Annual report of the Central Committee of the Association together with the report of the directors of the Pasteur Institute at Kasauli
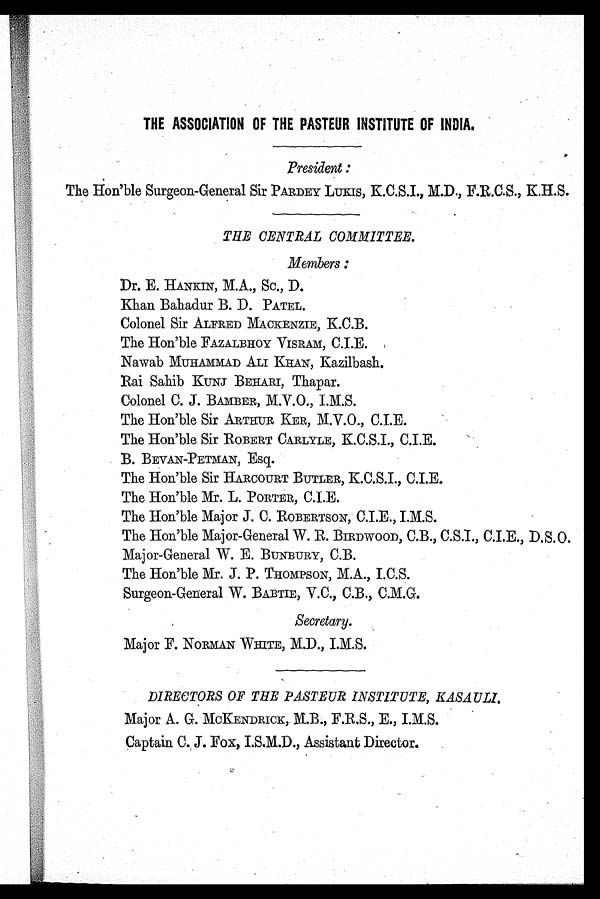
THE ASSOCIATION OF THE PASTEUR INSTITUTE OF INDIA.
President :
The Hon'ble Surgeon-General Sir PARDEY LUKIS, K.C.S.I., M.D., F.R.C.S., K.H.S
THE CENTRAL COMMITTEE.
Members :
Dr. E. HANKIN, M.A., Sc., D.
Khan Bahadur B. D. PATEL.
Colonel Sir ALFRED MACKENZIE, K.C.B.
The Hon'ble FAZALBHOY VISRAM, C.I.E.
Nawab MUHAMMAD ALI KHAN, Kazilbash.
Rai Sahib KUNJ BEHARI, Thapar.
Colonel C. J. BAMBER, M.V.O., I.M.S.
The Hon'ble Sir ARTHUR KER, M.V.O., C.I.E.
The Hon'ble Sir ROBERT CARLYLE, K.C.S.I., C.I.E.
B. BEVAN-PETMAN, Esq.
The Hon'ble Sir HARCOURT BUTLER, K.C.S.I., C.I.E.
The Hon'ble Mr. L. PORTER, C.I.E.
The Hon'ble Major J. C. ROBERTSON, C.I.E., I.M.S.
The Hon'ble Major-General W. R. BIRDWOOD, C.B., C.S.I., C.I.E., D.S.
O.
Major-General W. E. BUNBURY, C.B.
The Hon'ble Mr. J. P. THOMPSON, M.A., I.C.S.
Surgeon-General W. BABTIE, V.C., C.B., C.M.G.
Secretary.
Major F. NORMAN WHITE, M.D., I.M.S.
DIRECTORS OF THE PASTEUR INSTITUTE, KASAULI.
Major A. G. MCKENDRICK, M.B., F.R.S., E., I.M.S.
Captain C. J. Fox, I.S.M.D., Assistant Director.